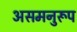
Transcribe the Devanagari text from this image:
असमनुरूप